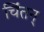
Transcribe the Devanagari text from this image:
चिंतन्